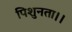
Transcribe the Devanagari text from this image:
पिशुनता।।